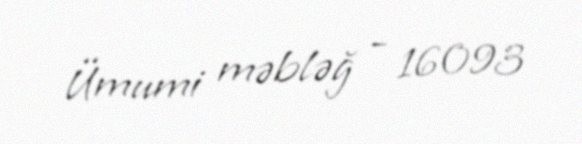
Ümumi məbləğ - 16093